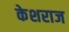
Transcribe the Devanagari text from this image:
केशराज